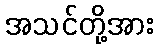
အသင်တို့အား